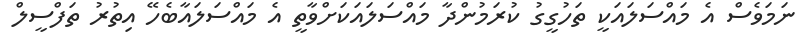
ނަމަވެސް އެ މައްސަލައަކީ ތަހުގީގު ކުރަމުންދާ މައްސަލައަކަށްވާތީ އެ މައްސަލައާބެހޭ އިތުރު ތަފްސީލް